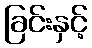
ခြင်းနှင့်